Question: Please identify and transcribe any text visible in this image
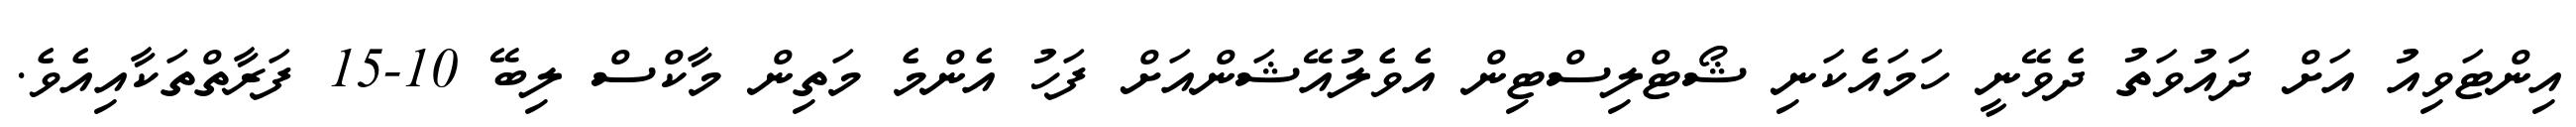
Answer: އިންޓަވިއު އަށް ދައުވަތު ދެވޭނީ ހަމައެކަނި ޝޯޓްލިސްޓިން އެވެލުއޭޝަންއަށް ފަހު އެންމެ މަތިން މާކްސް ލިބޭ 10-15 ފަރާތްތަކާއިއެވެ.